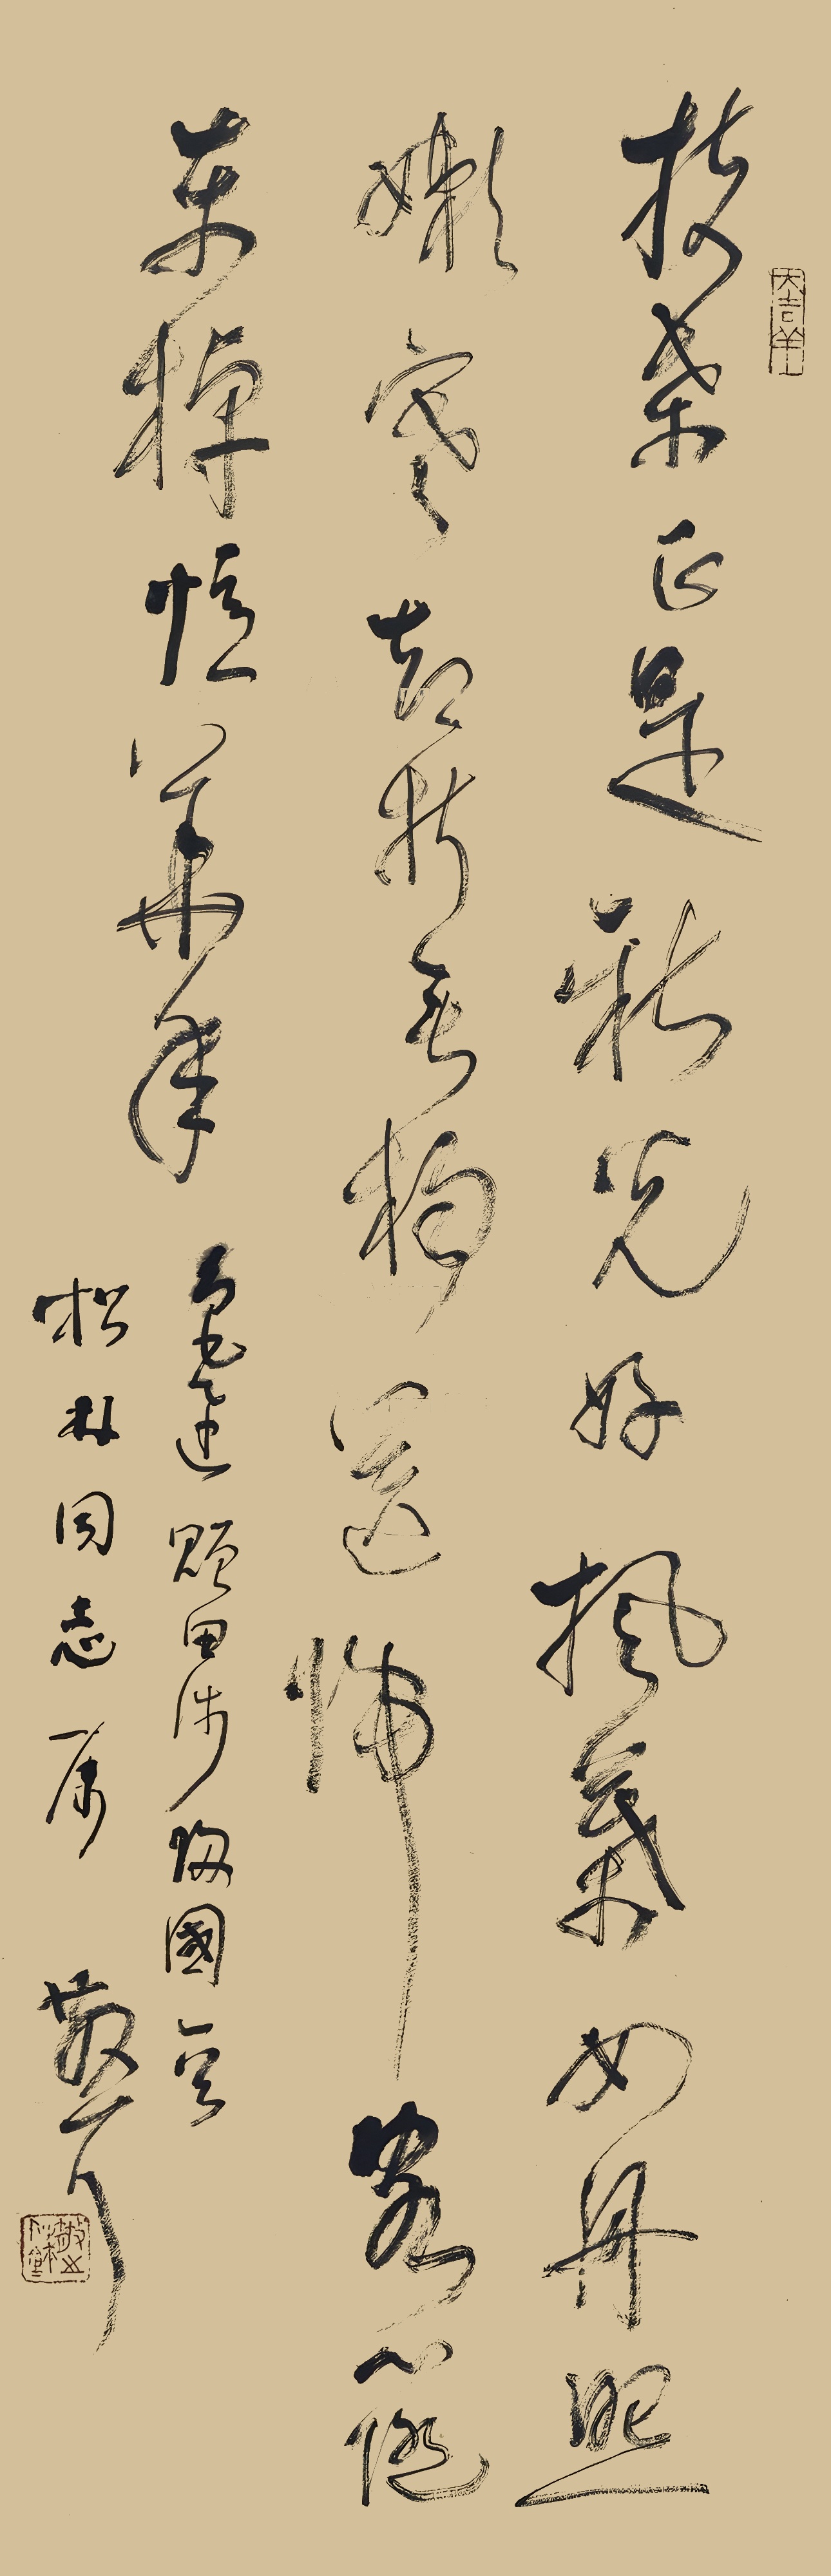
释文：扶桑正是秋光好，枫叶如丹照嫩寒。却折垂杨送归客，心随东棹忆华年。鲁迅《赠田涉归国》诗一首，松林同志属，散耳。